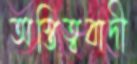
অস্তিত্ববাদী